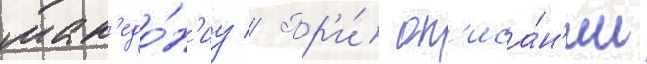
мак'едо́н'иу // Пр'и́ оп'иса́н'ии